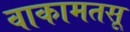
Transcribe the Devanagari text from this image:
वाकामतसू